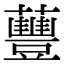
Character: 蘴